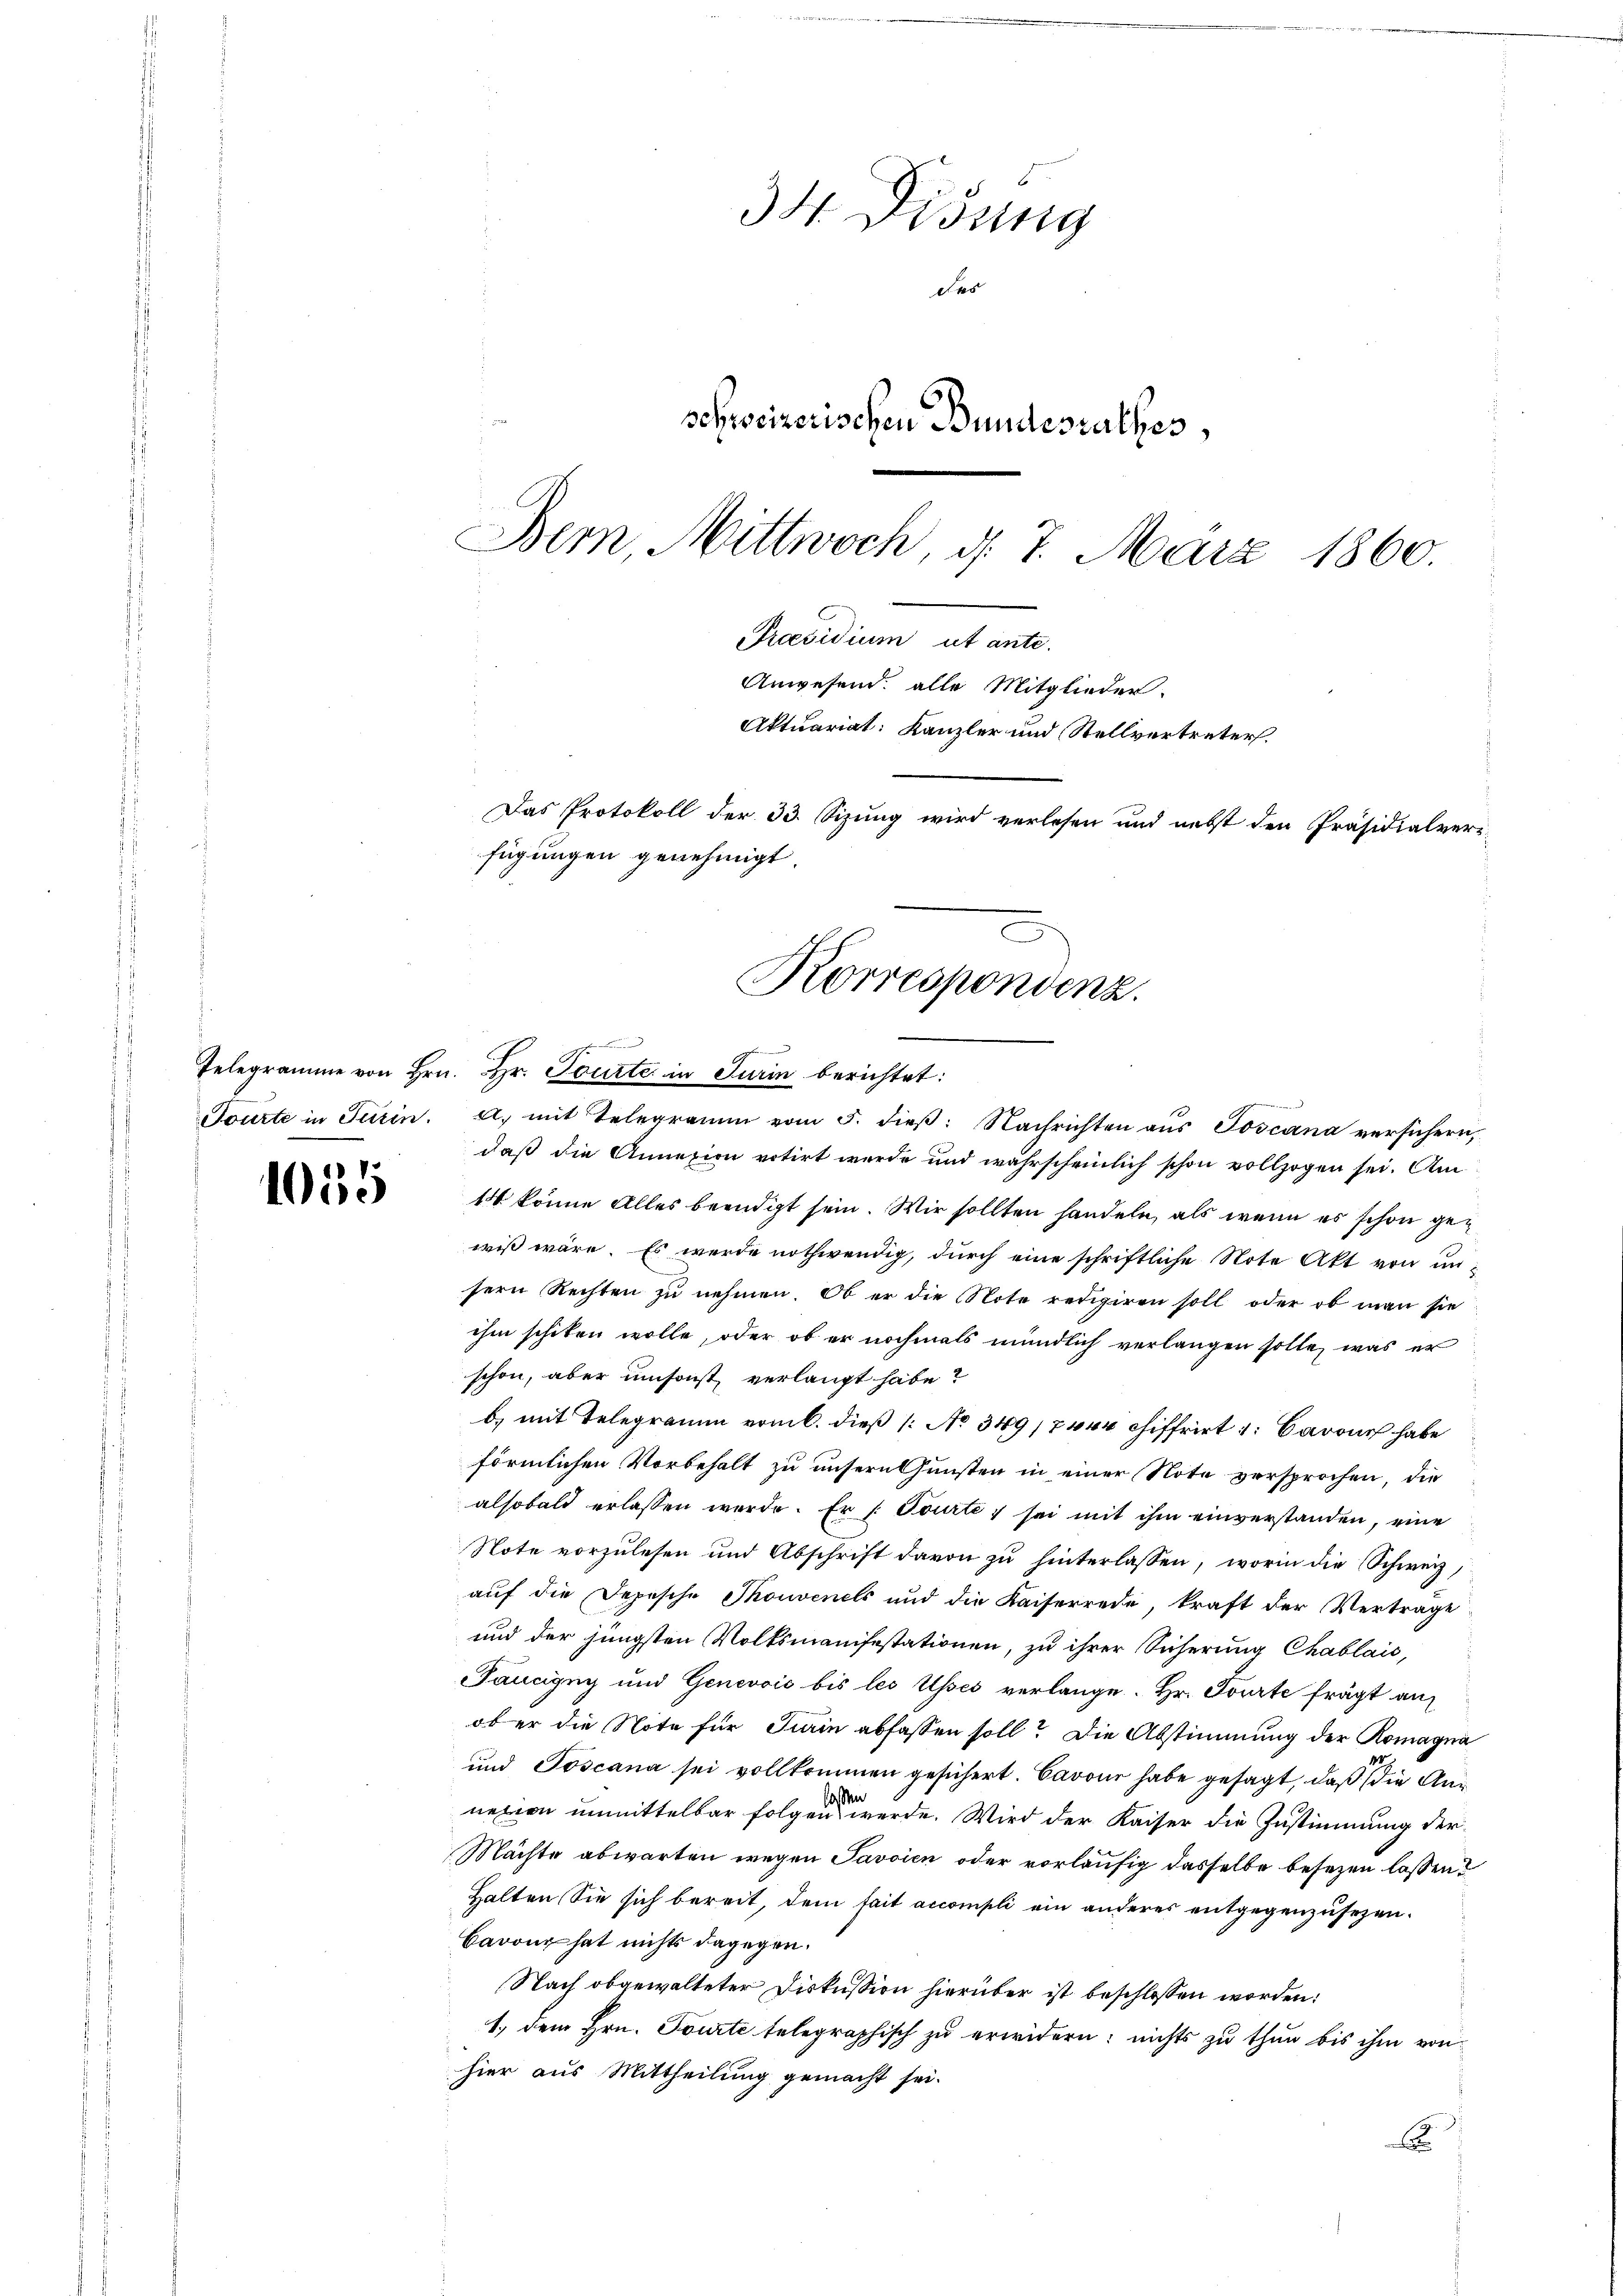
1055

34 Didung
des
schweizerischen Bundesrathes,
Bern, Mittwoch, d. 7. März 1860.

Praesidium ut ante.
Das Protokoll der 33. Sizung wird verlesen und nebst den Präsidialverfügungen genehmigt.
Korrespondenz.
Telegramme von Hrn. Hr. Tourte in Turin berichtet:

Anwesend: alle Mitglieder.
Aktuariat: Kanzler und Stellvertreter.

Tourte in Turin. a. mit Telegramm vom 5. dieβ: Nachrichten aŭs Poscana versichern,
daß die Annexion votirt werde und wahrscheinlich schon vollzogen sei. Am
14 könne Alles beendigt sein. Wir sollten handeln, als wenn es schon gewiß wäre. Es werde nothwendig, durch eine schriftliche Note Akt von unsern Rechten zu nehmen. Ob er die Note redigiren soll oder ob man sie
ihm schiken wolle, oder ob er nochmals mündlich verlangen solle, was er
schon, aber umsonst verlangt habe?
b) mit Telegramm vom 6. dieß (: No 349/740 chiffrirt 1: Barone habe
förmlichen Vorbehalt zu unsern Gunsten in einer Note versprochen, die
alsobald erlassen werde. Er /: Tourte, sei mit ihm einverstanden, eine
Note vorzulesen und Abschrift davon zu hinterlassen, worin die Schweiz,
auf die Depesche Thonvenels und die Kaiserrede, kraft der Verträge
und der jüngsten Volksmanifestationen, zu ihrer Sicherung Chablais,
Taucigny und Genevois bis les Usses verlange. Hr. Tourte frägt auf
ober die Note für Turin abfassen soll? Die Abstimmung der Romagna
und Toscana sei vollkommen gesichert. Cavour habe gesagt, daß die Anslassen
nexion unmittelbar folgen werde. Wird der Kaiser die Zustimmung der¬
Mächte abwarten wegen Javoien oder vorläufig dasselbe besezen lassen?
Halten Sie sich bereit, dem fait accompli ein anderes entgegenzusezen.
Barone hat nichts dagegen.
Nach obgewalteter Diskussion hierüber ist beschlossen worden:
1.) dem Hrn. Tourte telegraphisch zu erwidern: nichts zu thun bis ihm von
hier aus Mittheilung gemacht sei.
E